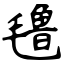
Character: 氇